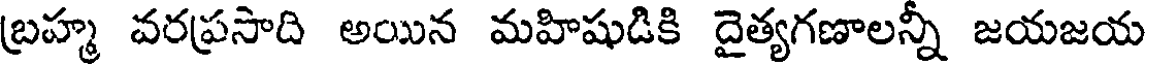
బ్రహ్మ వరప్రసాది అయిన మహిషుడికి దైత్యగణాలన్నీ జయజయ